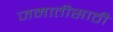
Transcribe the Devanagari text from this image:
जमातीसाठी